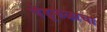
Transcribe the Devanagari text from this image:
चेंडूफळाचा